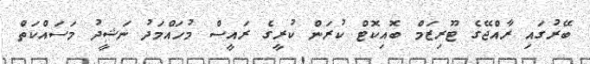
ބޭރުގައި ރާއްޖޭގެ ޓޫރިޒަމް ބޮއިކޮޓް ކުރަން ކުރީގެ ރައީސް މުހައްމަދު ނަޝީދު މަސައްކަތް